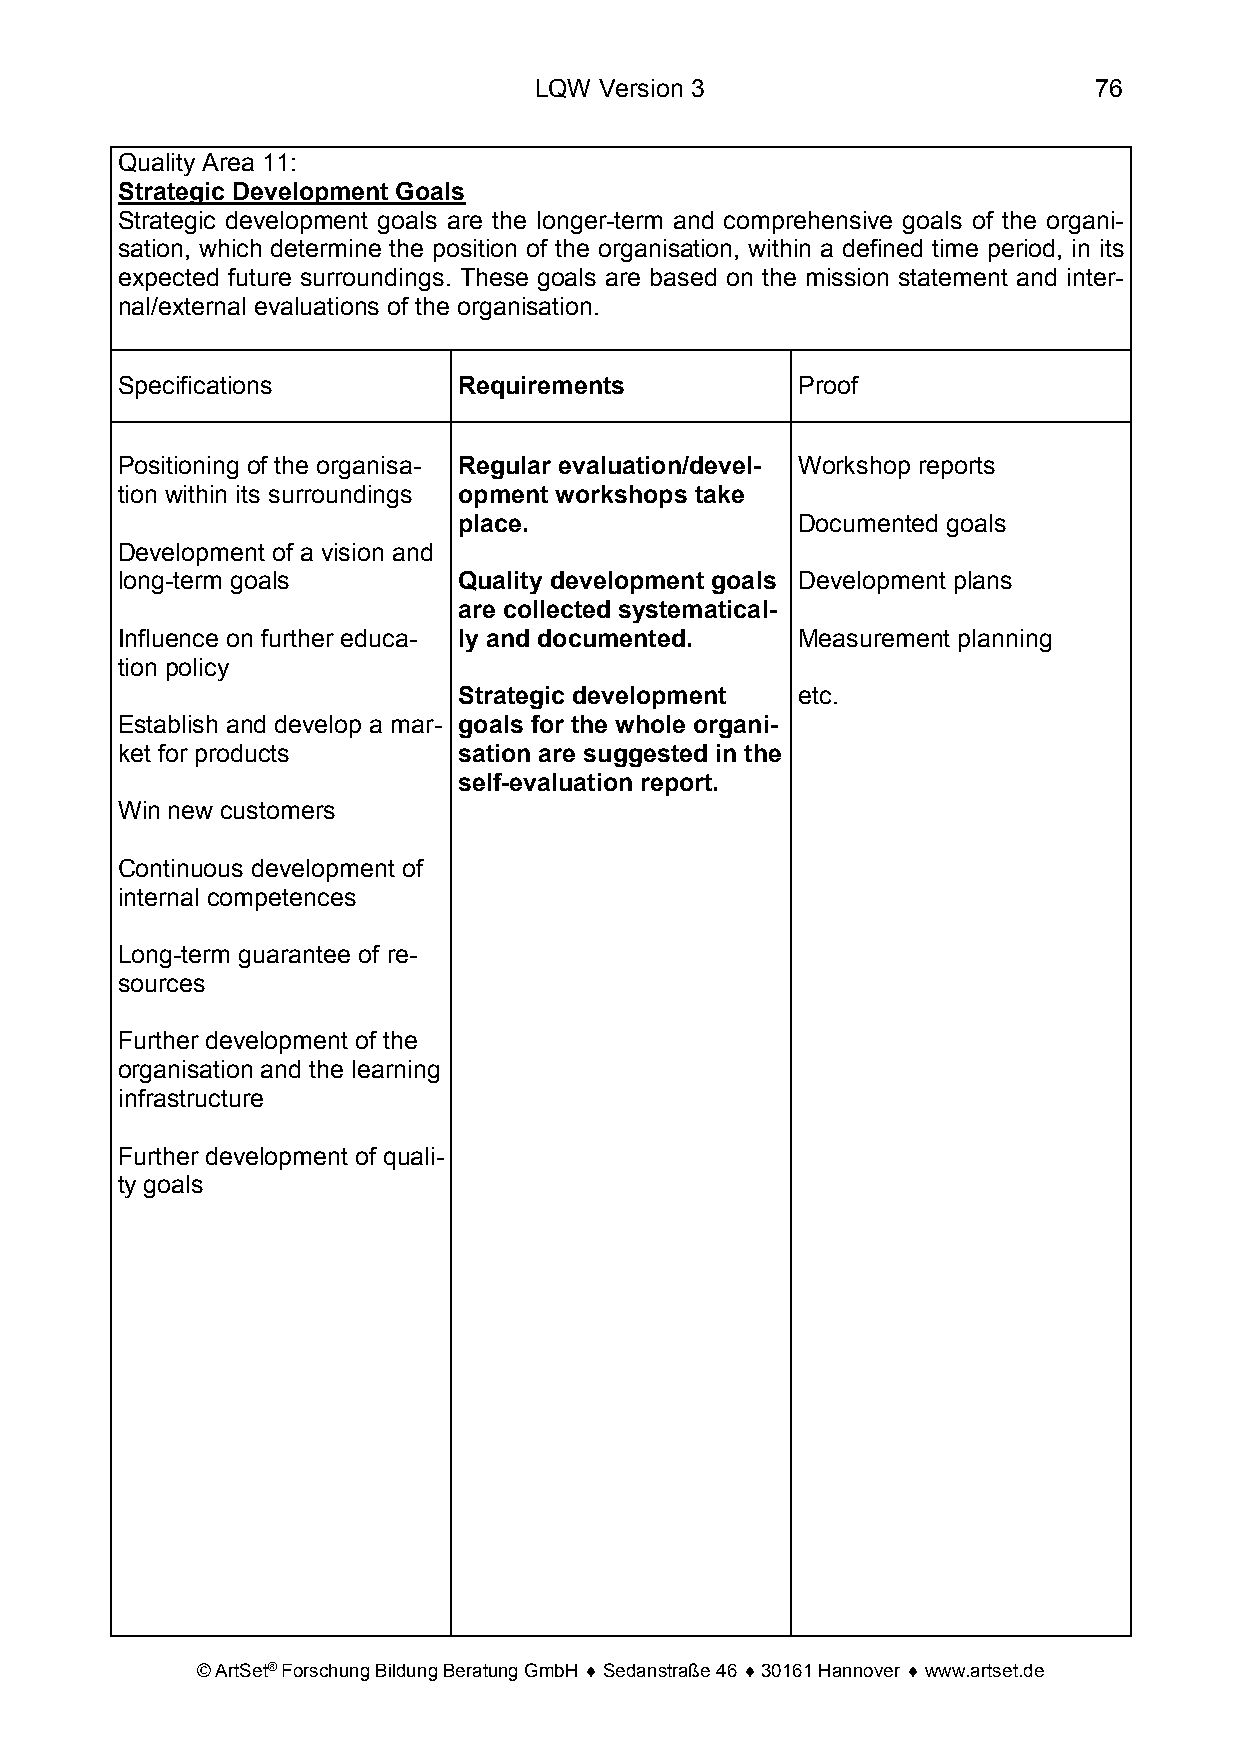
LQW  Version 3                       76
 Quality Area 11:
 Strategic Development Goals
 Strategic development goals are the longer-term and comprehensive goals of the organi-
 sation, which determine the position of the organisation, within a defined time period, in its
 expected future surroundings. These goals are based on the mission statement and inter-
 nal/external evaluations of the organisation.
 Specifications        Requirements           Proof
 Positioning of the organisa- Regular evaluation/devel- Workshop reports
 tion within its surroundings opment workshops take
 place.                 Documented goals
 Development of a vision and
 long-term goals       Quality development goals Development plans
 are collected systematical-
 Influence on further educa- ly and documented. Measurement planning
 tion policy
 Strategic development  etc.
 Establish and develop a mar- goals for the whole organi-
 ket for products      sation are suggested in the
 self-evaluation report.
 Win new customers
 Continuous development of
 internal competences
 Long-term guarantee of re-
 sources
 Further development of the
 organisation and the learning
 infrastructure
 Further development of quali-
 ty goals
 © ArtSet® Forschung Bildung Beratung GmbH ♦ Sedanstraße 46 ♦ 30161 Hannover ♦ www.artset.de